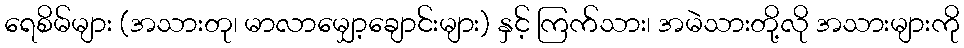
ရေစိမ်များ (အသားတု၊ မာလာမျှော့ချောင်းများ) နှင့် ကြက်သား၊ အမဲသားတို့လို အသားများကို